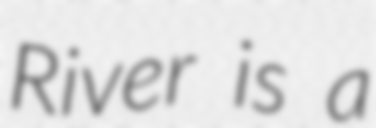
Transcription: River is a